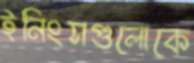
ইনিংসগুলোকে